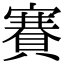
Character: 賽